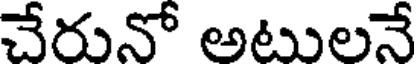
చేరునో అటులనే